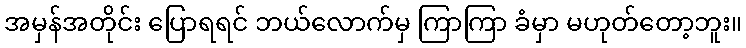
အမှန်အတိုင်း ပြောရရင် ဘယ်လောက်မှ ကြာကြာ ခံမှာ မဟုတ်တော့ဘူး။